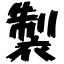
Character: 製